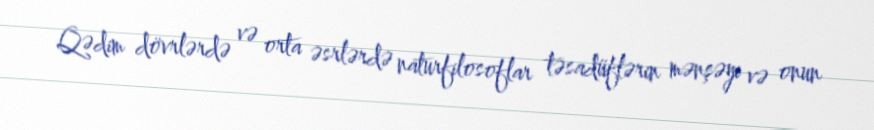
Qədim dövrlərdə və orta əsrlərdə naturfilosoflar təsadüflərin mənşəyi və onun